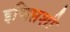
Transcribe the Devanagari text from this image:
इजिप्तशी